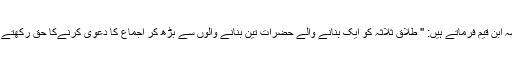
علامہ ابن قیمؒ فرماتے ہیں: " طلاق ثلاثہ کو ایک بنانے والے حضرات تین بنانے والوں سے بڑھ کر اجماع کا دعویٰ کرنےکا حق رکھتے ہیں۔